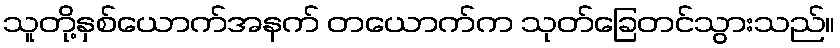
သူတို့နှစ်ယောက်အနက် တယောက်က သုတ်ခြေတင်သွားသည်။